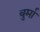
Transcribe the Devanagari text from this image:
बुर्मा